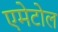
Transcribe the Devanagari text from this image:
एमेटोल